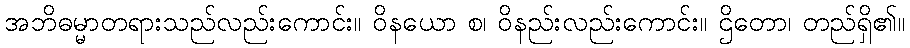
အဘိဓမ္မာတရားသည်လည်းကောင်း။ ဝိနယော စ၊ ဝိနည်းလည်းကောင်း။ ဌိတော၊ တည်ရှိ၏။